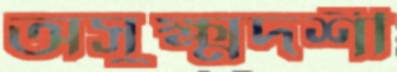
অসুক্ষ্মদর্শী